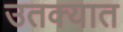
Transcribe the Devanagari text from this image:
उतक्यात